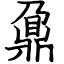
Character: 鼐